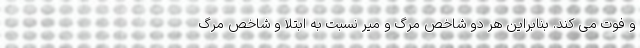
و فوت می کند. بنابراین هر دو شاخص مرگ و میر نسبت به ابتلا و شاخص مرگ